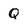
Character: Q